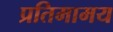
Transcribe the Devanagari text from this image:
प्रतिमामय